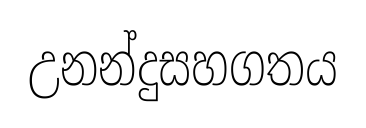
උනන්දුසහගතය